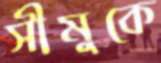
সীমুকে